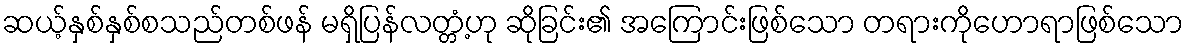
ဆယ့်နှစ်နှစ်စသည်တစ်ဖန် မရှိပြန်လတ္တံ့ဟု ဆိုခြင်း၏ အကြောင်းဖြစ်သော တရားကိုဟောရာဖြစ်သော